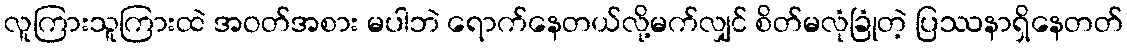
လူကြားသူကြားထဲ အဝတ်အစား မပါဘဲ ရောက်နေတယ်လို့မက်လျှင် စိတ်မလုံခြုံတဲ့ ပြဿနာရှိနေတတ်